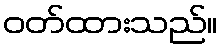
ဝတ်ထားသည်။